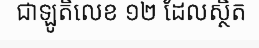
ជាឡូតិ៍លេខ ១២ ដែលស្ថិត